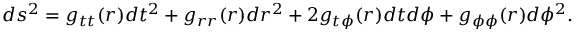
d s ^ { 2 } = g _ { t t } ( r ) d t ^ { 2 } + g _ { r r } ( r ) d r ^ { 2 } + 2 g _ { t \phi } ( r ) d t d \phi + g _ { \phi \phi } ( r ) d \phi ^ { 2 } .